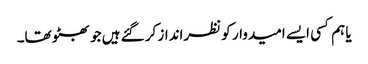
یا ہم کسی ایسے امیدوار کو نظرانداز کر گئے ہیں جو بھٹو تھا۔